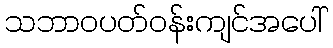
သဘာဝပတ်ဝန်းကျင်အပေါ်